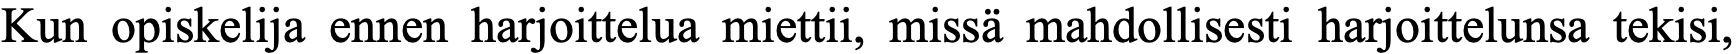
Kun opiskelija ennen harjoittelua miettii, missä mahdollisesti harjoittelunsa tekisi,